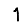
Digit: 1